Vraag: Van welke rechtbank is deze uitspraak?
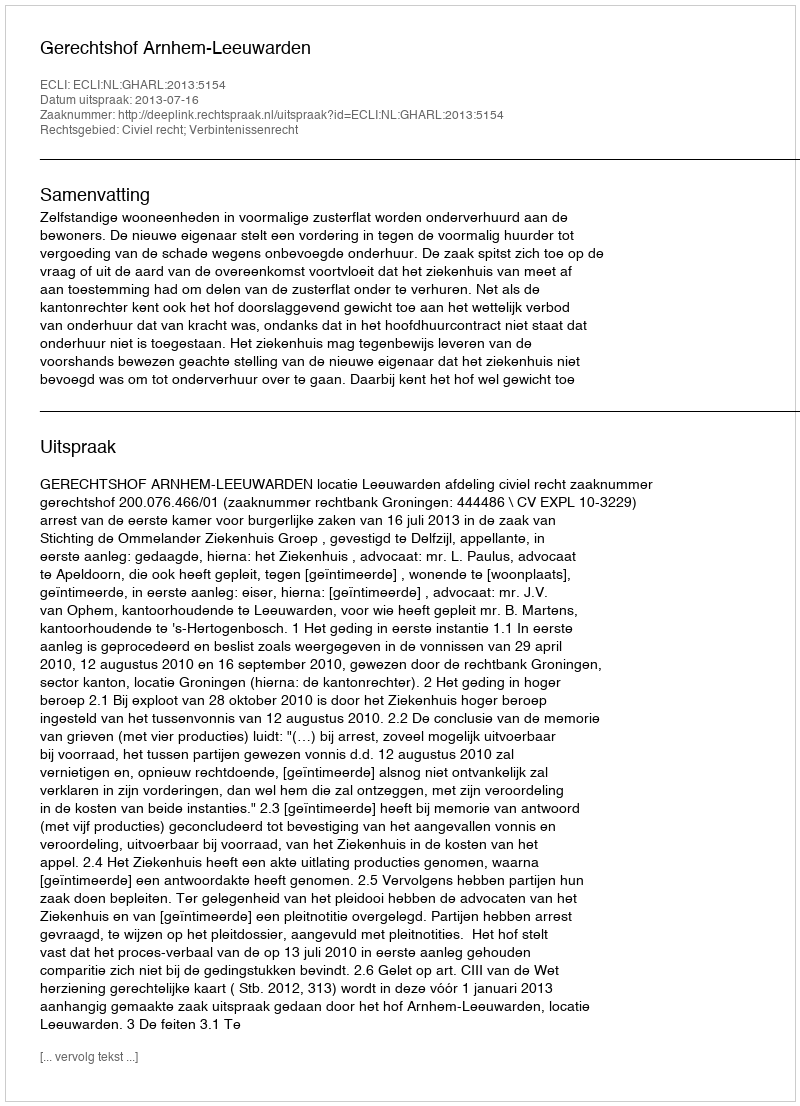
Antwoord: Gerechtshof Arnhem-Leeuwarden